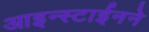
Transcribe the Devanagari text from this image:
आइन्स्टाईनने